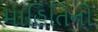
માહિતિનો